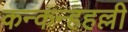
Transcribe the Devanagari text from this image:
कन्कन्हहल्ली